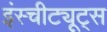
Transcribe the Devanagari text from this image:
इंस्चीट्यूट्स